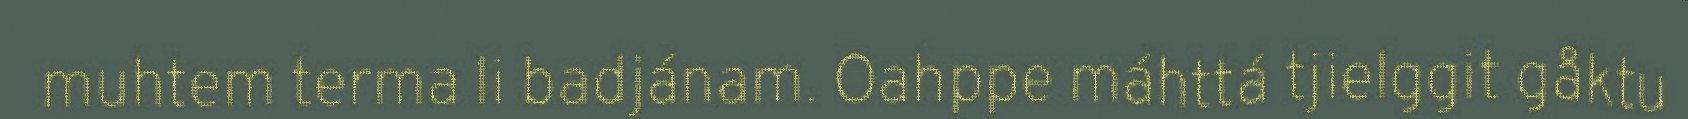
muhtem terma li badjánam. Oahppe máhttá tjielggit gåktu